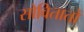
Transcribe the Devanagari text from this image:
सोवितातों